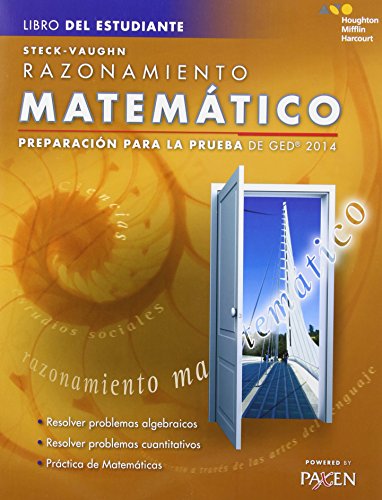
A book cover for Steck-Vaughn GED: Test Prep 2014 GED Mathematical Reasoning Spanish Student Edition 2014 (Spanish Edition); STECK-VAUGHN; Test Preparation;